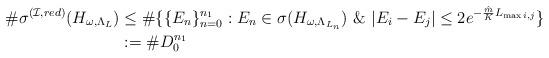
LaTeX: \begin{align*} \#\sigma^{(\mathcal{I},red)}(H_{\omega,\Lambda_{L}}) &\leq \#\{ \{E_n\}_{n=0}^{n_1}: E_n\in\sigma(H_{\omega,\Lambda_{L_n}})~\&~|E_i-E_j|\leq 2e^{-\frac{\hat{m}}{K}L_{\max{i,j}}}\}\\ &:= \# D_0^{n_1}\end{align*}